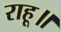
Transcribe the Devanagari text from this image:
राहू॥